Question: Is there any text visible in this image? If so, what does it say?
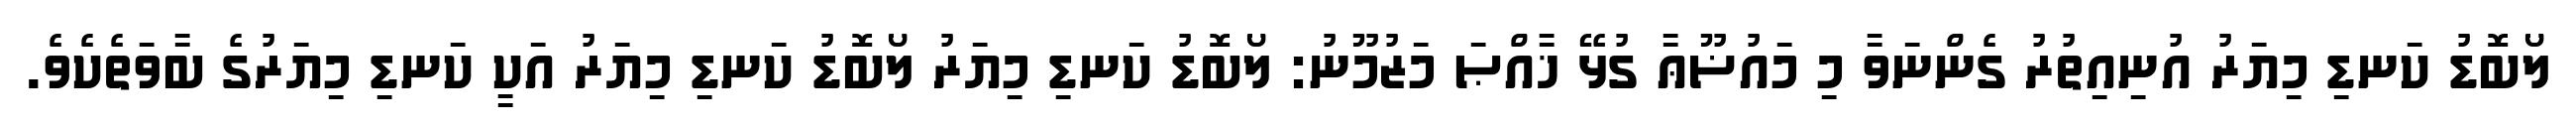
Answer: ލޯބޮޑު ކަނޑި މިޔަރު އުނިއިތުރު ގެންނަވާ މި މައުޟޫޢާ ގުޅޭ ޚާއްޞަ މަޒުމޫނު: ލޯބޮޑު ކަނޑި މިޔަރު ލޯބޮޑު ކަނޑި މިޔަރު އަކީ ކަނޑި މިޔަރުގެ ބާވަތެކެވެ.